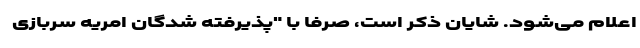
اعلام می‌شود. شایان ذکر است، صرفاً با "پذیرفته‌ شدگان امریه سربازی